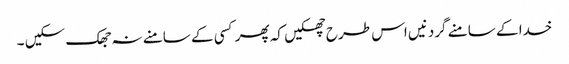
خدا کے سامنے گردنیں اس طرح جھکیں کہ پھر کسی کے سامنے نہ جھک سکیں ۔